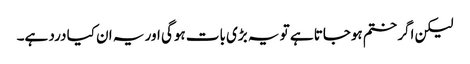
لیکن اگر ختم ہوجاتا ہے تو یہ بڑی بات ہوگی اور یہ ان کیا درد ہے۔